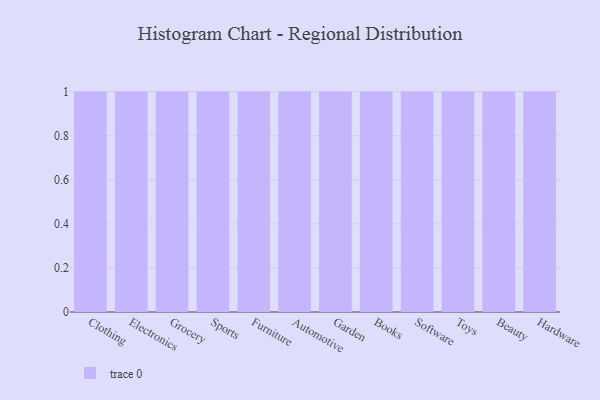
{"axis": {"x": "Category", "y": "Net Income (USD K)"}, "legend": [""], "data": [{"x": "Clothing", "y": 100, "type": ""}, {"x": "Electronics", "y": 31, "type": ""}, {"x": "Grocery", "y": 97, "type": ""}, {"x": "Sports", "y": 46, "type": ""}, {"x": "Furniture", "y": 33, "type": ""}, {"x": "Automotive", "y": 56, "type": ""}, {"x": "Garden", "y": 94, "type": ""}, {"x": "Books", "y": 71, "type": ""}, {"x": "Software", "y": 19, "type": ""}, {"x": "Toys", "y": 1, "type": ""}, {"x": "Beauty", "y": 88, "type": ""}, {"x": "Hardware", "y": 87, "type": ""}]}